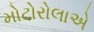
મોટોરોલાએ